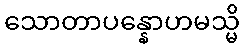
သောတာပန္နောဟမသ္မိ